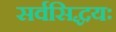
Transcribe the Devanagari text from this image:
सर्वसिद्धयः